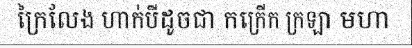
ក្រៃលែង ហាក់បីដូចជា កក្រើក ក្រឡា មហា